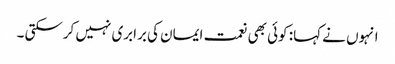
انہوں نے کہا: کوئی بھی نعمت ایمان کی برابری نہیں کرسکتی ۔